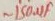
Text: ~150µF